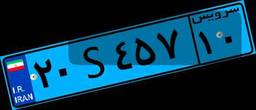
۲۰S۴۵۷۱۰